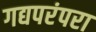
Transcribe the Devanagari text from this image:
गद्यपरंपरा